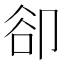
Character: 卻